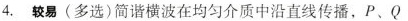
4.较易(多选)简谐横波在均匀介质中沿直线传播，P、Q